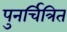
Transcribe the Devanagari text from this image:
पुनर्चित्रित